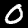
Digit: 0